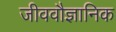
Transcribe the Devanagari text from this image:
जीववौज्ञानिक